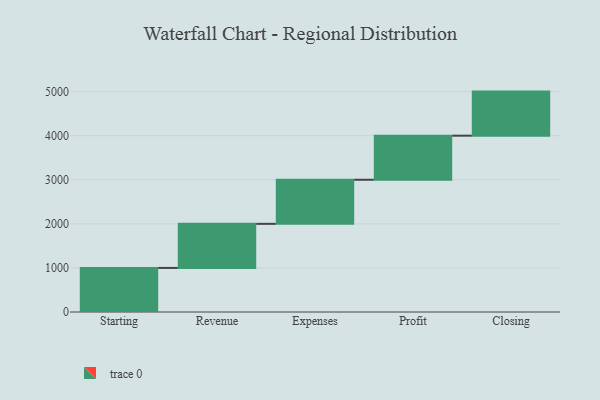
{"axis": {"x": "Step", "y": "Value"}, "legend": [""], "data": [{"x": "Starting", "y": 1000, "type": ""}, {"x": "Revenue", "y": 1000, "type": ""}, {"x": "Expenses", "y": 1000, "type": ""}, {"x": "Profit", "y": 1000, "type": ""}, {"x": "Closing", "y": 1000, "type": ""}]}